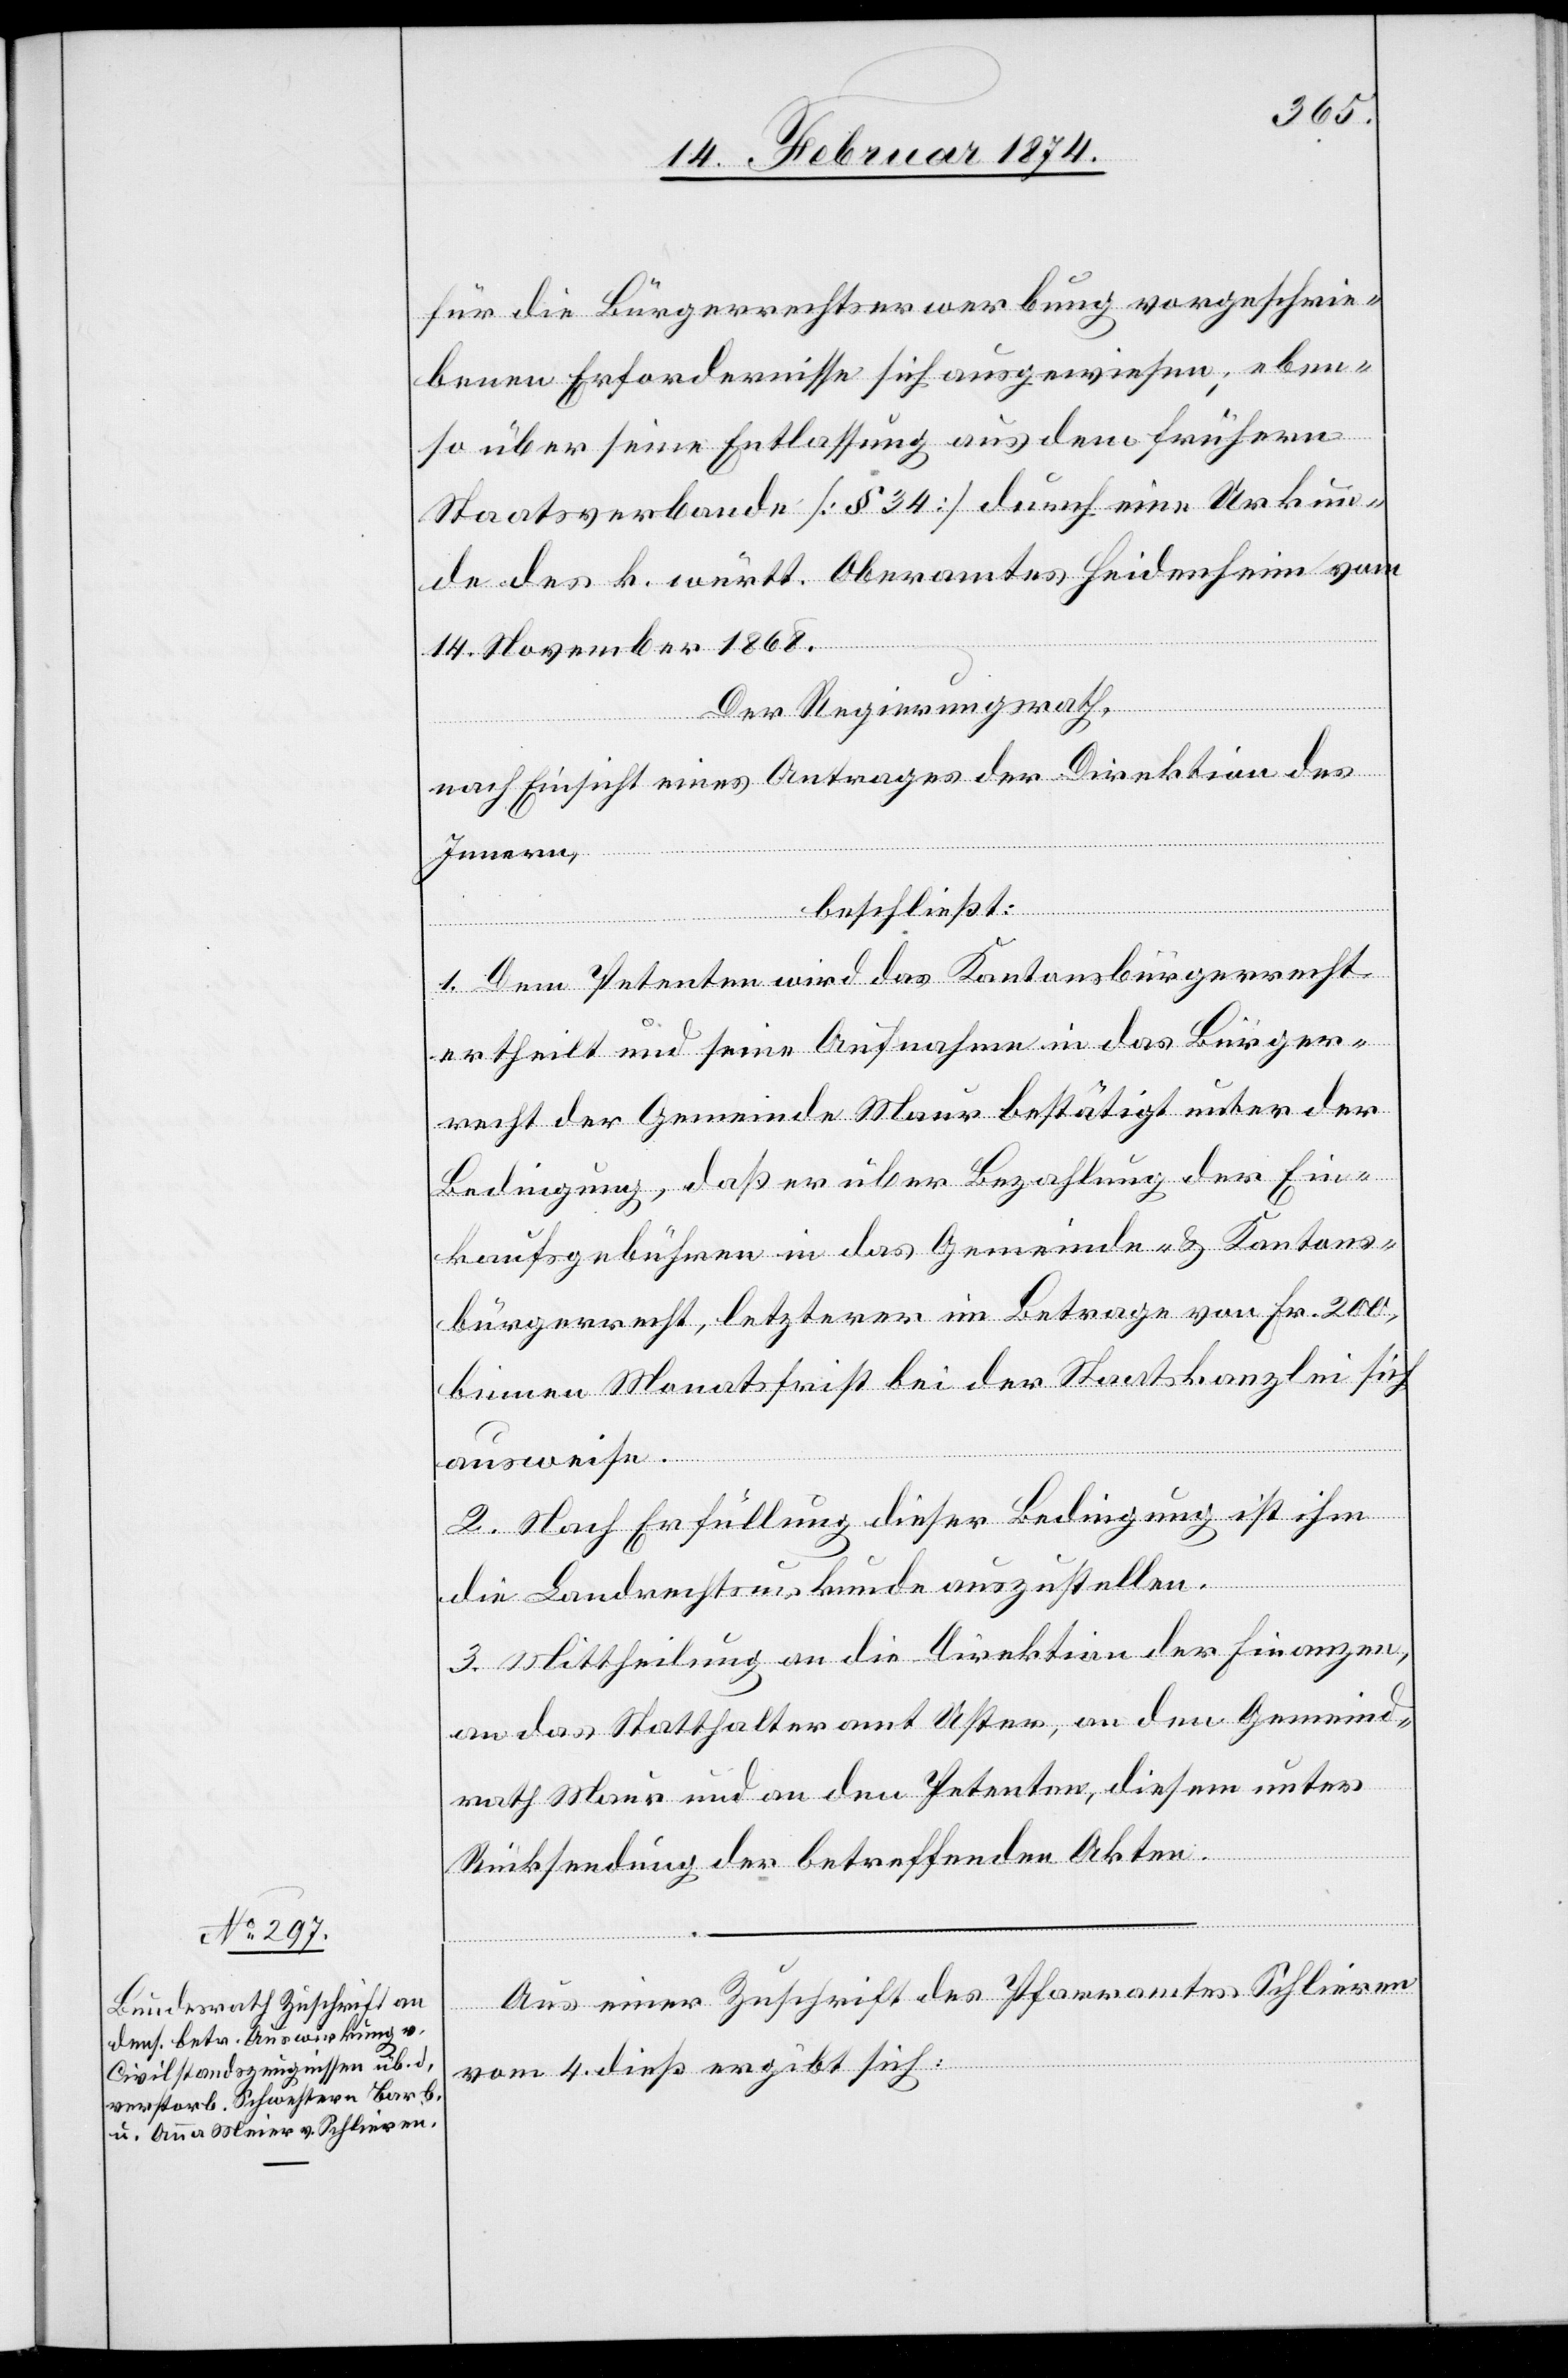
für die Bürgerrechtserwerbung vorgeschrie¬
benen Erfordernisse sich [sic!] ausgewiesen; eben¬
so über seine Entlassung aus dem frühern
Staatsverbande [§ 34] durch eine Urkun¬
de des k. württ. Oberamtes Heidenheim vom
14. November 1868.
Der Regierungsrath,
nach Einsicht eines Antrages der Direktion des
Innern,
beschließt:
1. Dem Petenten wird das Kantonsbürgerrecht
ertheilt und seine Aufnahme in das Bürger¬
recht der Gemeinde Maur bestätigt unter der
Bedingung, daß er über Bezahlung der Ein¬
kaufsgebühren in das Gemeinde- u. Kantons¬
bürgerrecht, letzterer im Betrage von Fr. 200,
binnen Monatsfrist bei der Staatskanzlei sich
ausweise.
2. Nach Erfüllung dieser Bedingung ist ihm
die Landrechtsurkunde auszustellen.
3. Mittheilung an die Direktion der Finanzen,
an das Statthalteramt Uster, an den Gemeind¬
rath Mauer und an den Petenten, diesem unter
Rücksendung der betreffenden Akten.
Aus einer Zuschrift des Pfarramtes Schlieren
vom 4. dieß ergibt sich: